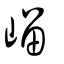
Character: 嵧